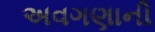
અવગણાની